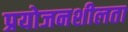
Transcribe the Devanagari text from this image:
प्रयोजनशीलता